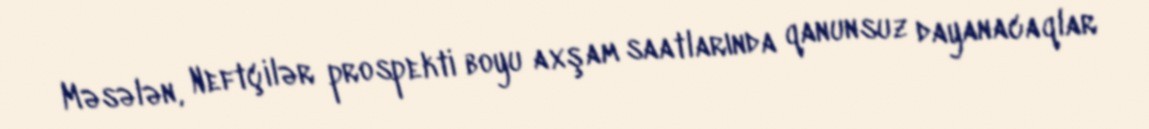
Məsələn, Neftçilər prospekti boyu axşam saatlarında qanunsuz dayanacaqlar